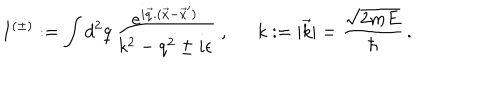
LaTeX: I ^ { ( \pm ) } : = \int d ^ { 2 } q \, \frac { e ^ { i \vec { q } . ( \vec { x } - \vec { x } ^ { \prime } ) } } { k ^ { 2 } - q ^ { 2 } \pm i \epsilon } \; , k : = | \vec { k } | = \frac { \sqrt { 2 m E } } { \hbar } \, .